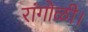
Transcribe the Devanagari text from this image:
रांगोळी।